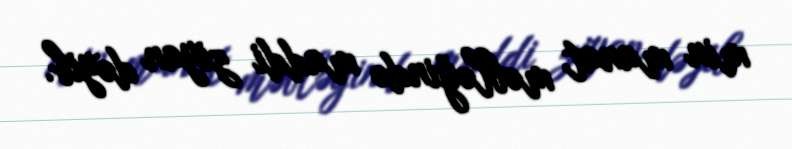
min manat məbləğində maddi ziyan dəyib.